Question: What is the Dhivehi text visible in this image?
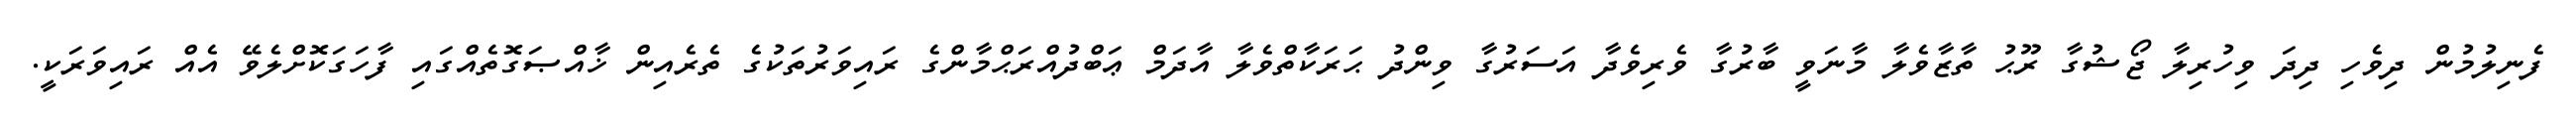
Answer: ފެނިލުމުން ދިވެހި ދިދަ ވިހުރިލާ ޖޯޝުގާ ރޫޙު ތާޒާވެލާ މާނަވީ ބާރުގާ ވެރިވެދާ އަސަރުގާ ވިންދު ޙަރަކާތްވެލާ އާދަމް ޢަބްދުއްރަޙްމާންގެ ރައިވަރުތަކުގެ ތެރެއިން ޚާއްޞަގޮތެއްގައި ފާހަގަކޮށްލެވޭ އެއް ރައިވަރަކީ.